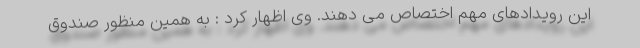
این رویدادهای مهم اختصاص می دهند. وی اظهار کرد : به همین منظور صندوق